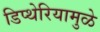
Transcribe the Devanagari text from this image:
डिप्थेरियामुळे